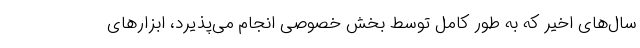
سال‌های اخیر که به طور کامل توسط بخش خصوصی انجام می‌پذیرد، ابزار‌های